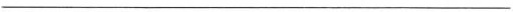
___